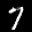
Label: 7